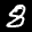
Label: 8